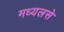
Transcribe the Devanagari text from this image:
मध्यलसे